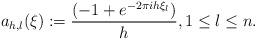
LaTeX: \begin{align*}a_{h,l}(\xi):=\frac{(-1+e^{-2\pi ih\xi_l})}h,1\leq l \leq n.\end{align*}